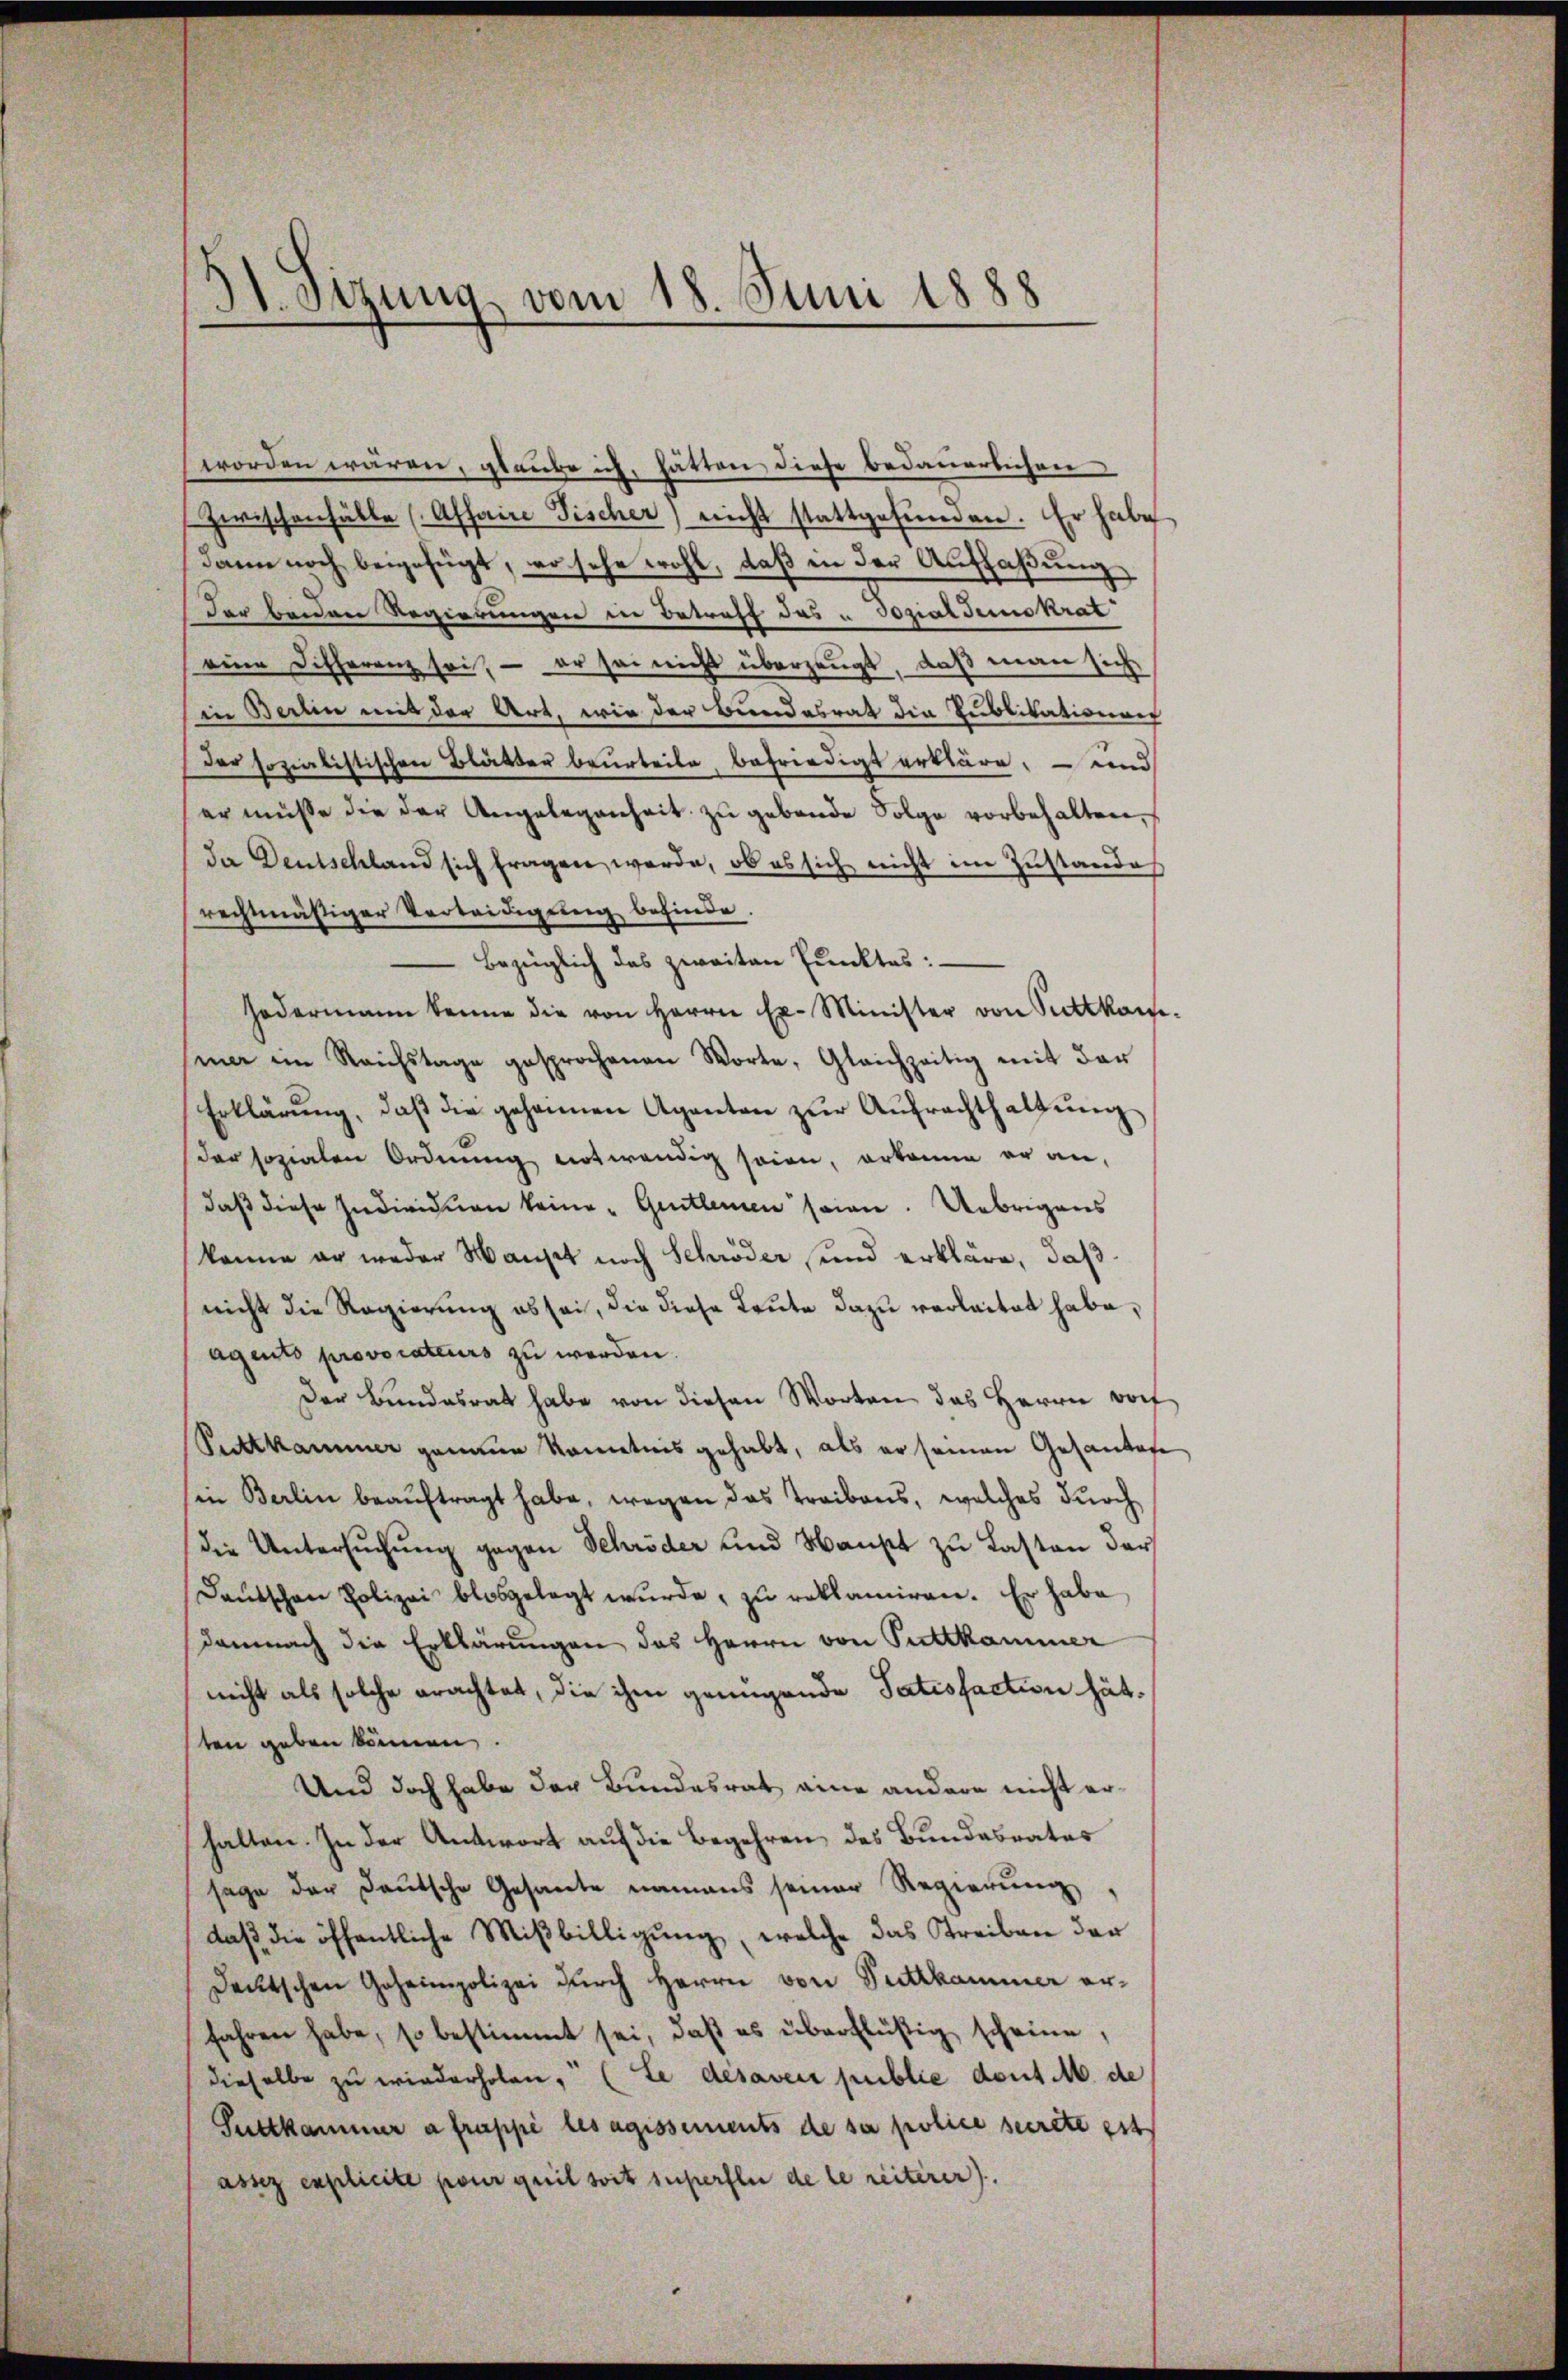
dt. Sitzung, vom 18. Juni 1888

worden wären, glaube ich, hätten, diese bedauerlichen
Zwischenhälte (Affaire Fischer nicht stattgefŭnden. Er habe
Dann noch beigefügt, wo sehe wohl, daß in der Auffaßung
Der beiden Regierungen in Betreff das u Sozialdemokrat
eine Differenz sei, - er sei nicht überzeugt, daß man sich
in Berten mit der Art, wie der Bundesrat die Sublikationen
der sozialistischen Blätter beurteile, befriedigt erkläre, – und
er müsse die der Angelegenheit zŭ gebende Folge vorbehalten,
Ja Deutschland sich fragen werde, ob es sich nicht im Zustandes
rechtmäßiger Verteidigung befinde.
Bezüglich des zweiten Punktes:
Hedermann kenne die von Herrn Ex. Minister von Suttkam.
mar im Reichstage gesprochenen Worte, Gleichzeitig mit der
Erklärŭng, daβ die gehannen Agenten zŭr Aŭfrachthaltŭng
der sozialen Ordnung notwendig seien, erkanne er an,
daß diese Individuen keine "Gentleinen seien. Uebrigens
könne er weder Haust noch Schröder und erkläre, daß
nicht die Regierung es sei, die diese Leute dazu verleitet habe,
agento provocateurs zu werden.
Der Bundesrat habe von diesen Worten das Herrn Dorf
Pecttkammer genaue Kenntnis gehabt, als er seinen Gesandere
in Berlin beauftragt habe, wegen das Treibens, welches durch
die Untersŭchŭng gegen Schröder und Haupt zu Lasten der
Deutschen Polizei blosgelegt wurde, zu reklamiren. Er habe
damnach die Erklärungen das Herrn von Puttkammer
nicht als solche erachtet, die ihm genügende Satisfaction hätten geben können,
Und doch habe der Bundesrat eine andere nicht erhalten. In der Antwort auf die Begehren des Bundesrates
sage der Deutsche Gesante namens seiner Regierŭng,
daß die öffentliche Mißbilligung, welche das Treiben der
Deutschen Geheimpolizei durch Herrn von Suttkammer erfahren habe, so bestimmt sei, daβ es überflüßig scheine,
dieselbe zu wiederholen. (Le désaver publie dont M. de
Suttkammer a frappe les agissements de sa police secrete est
assez explicite pour quil soit superfler de le reiterer).